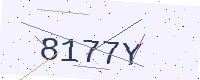
Text: 8177Y